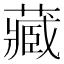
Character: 藏